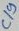
Text: C19